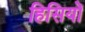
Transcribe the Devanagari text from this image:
हिसियों